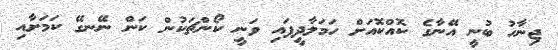
ޖިނާހު ބުނީ އޭނާގެ ކޮއްކޮއަށް ހަމަލާދީފައި ވަނީ ކޯންޗަކުން ކަން ނޭނގޭ ކަމަށާއި